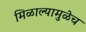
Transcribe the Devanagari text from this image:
मिळाल्यामुळेच